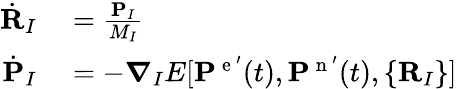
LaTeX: \begin{array}{rl}{\dot{\mathbf{R}}_{I}}&{{}=\frac{\mathbf{P}_{I}}{M_{I}}}\\ {\dot{\mathbf{P}}_{I}}&{{}=-\boldsymbol{\nabla}_{I}E[\mathbf{P}^{\mathrm{~e~}^{\prime}}(t),\mathbf{P}^{\mathrm{~n~}^{\prime}}(t),\{ \mathbf{R}_{I}\} ]}\end{array}